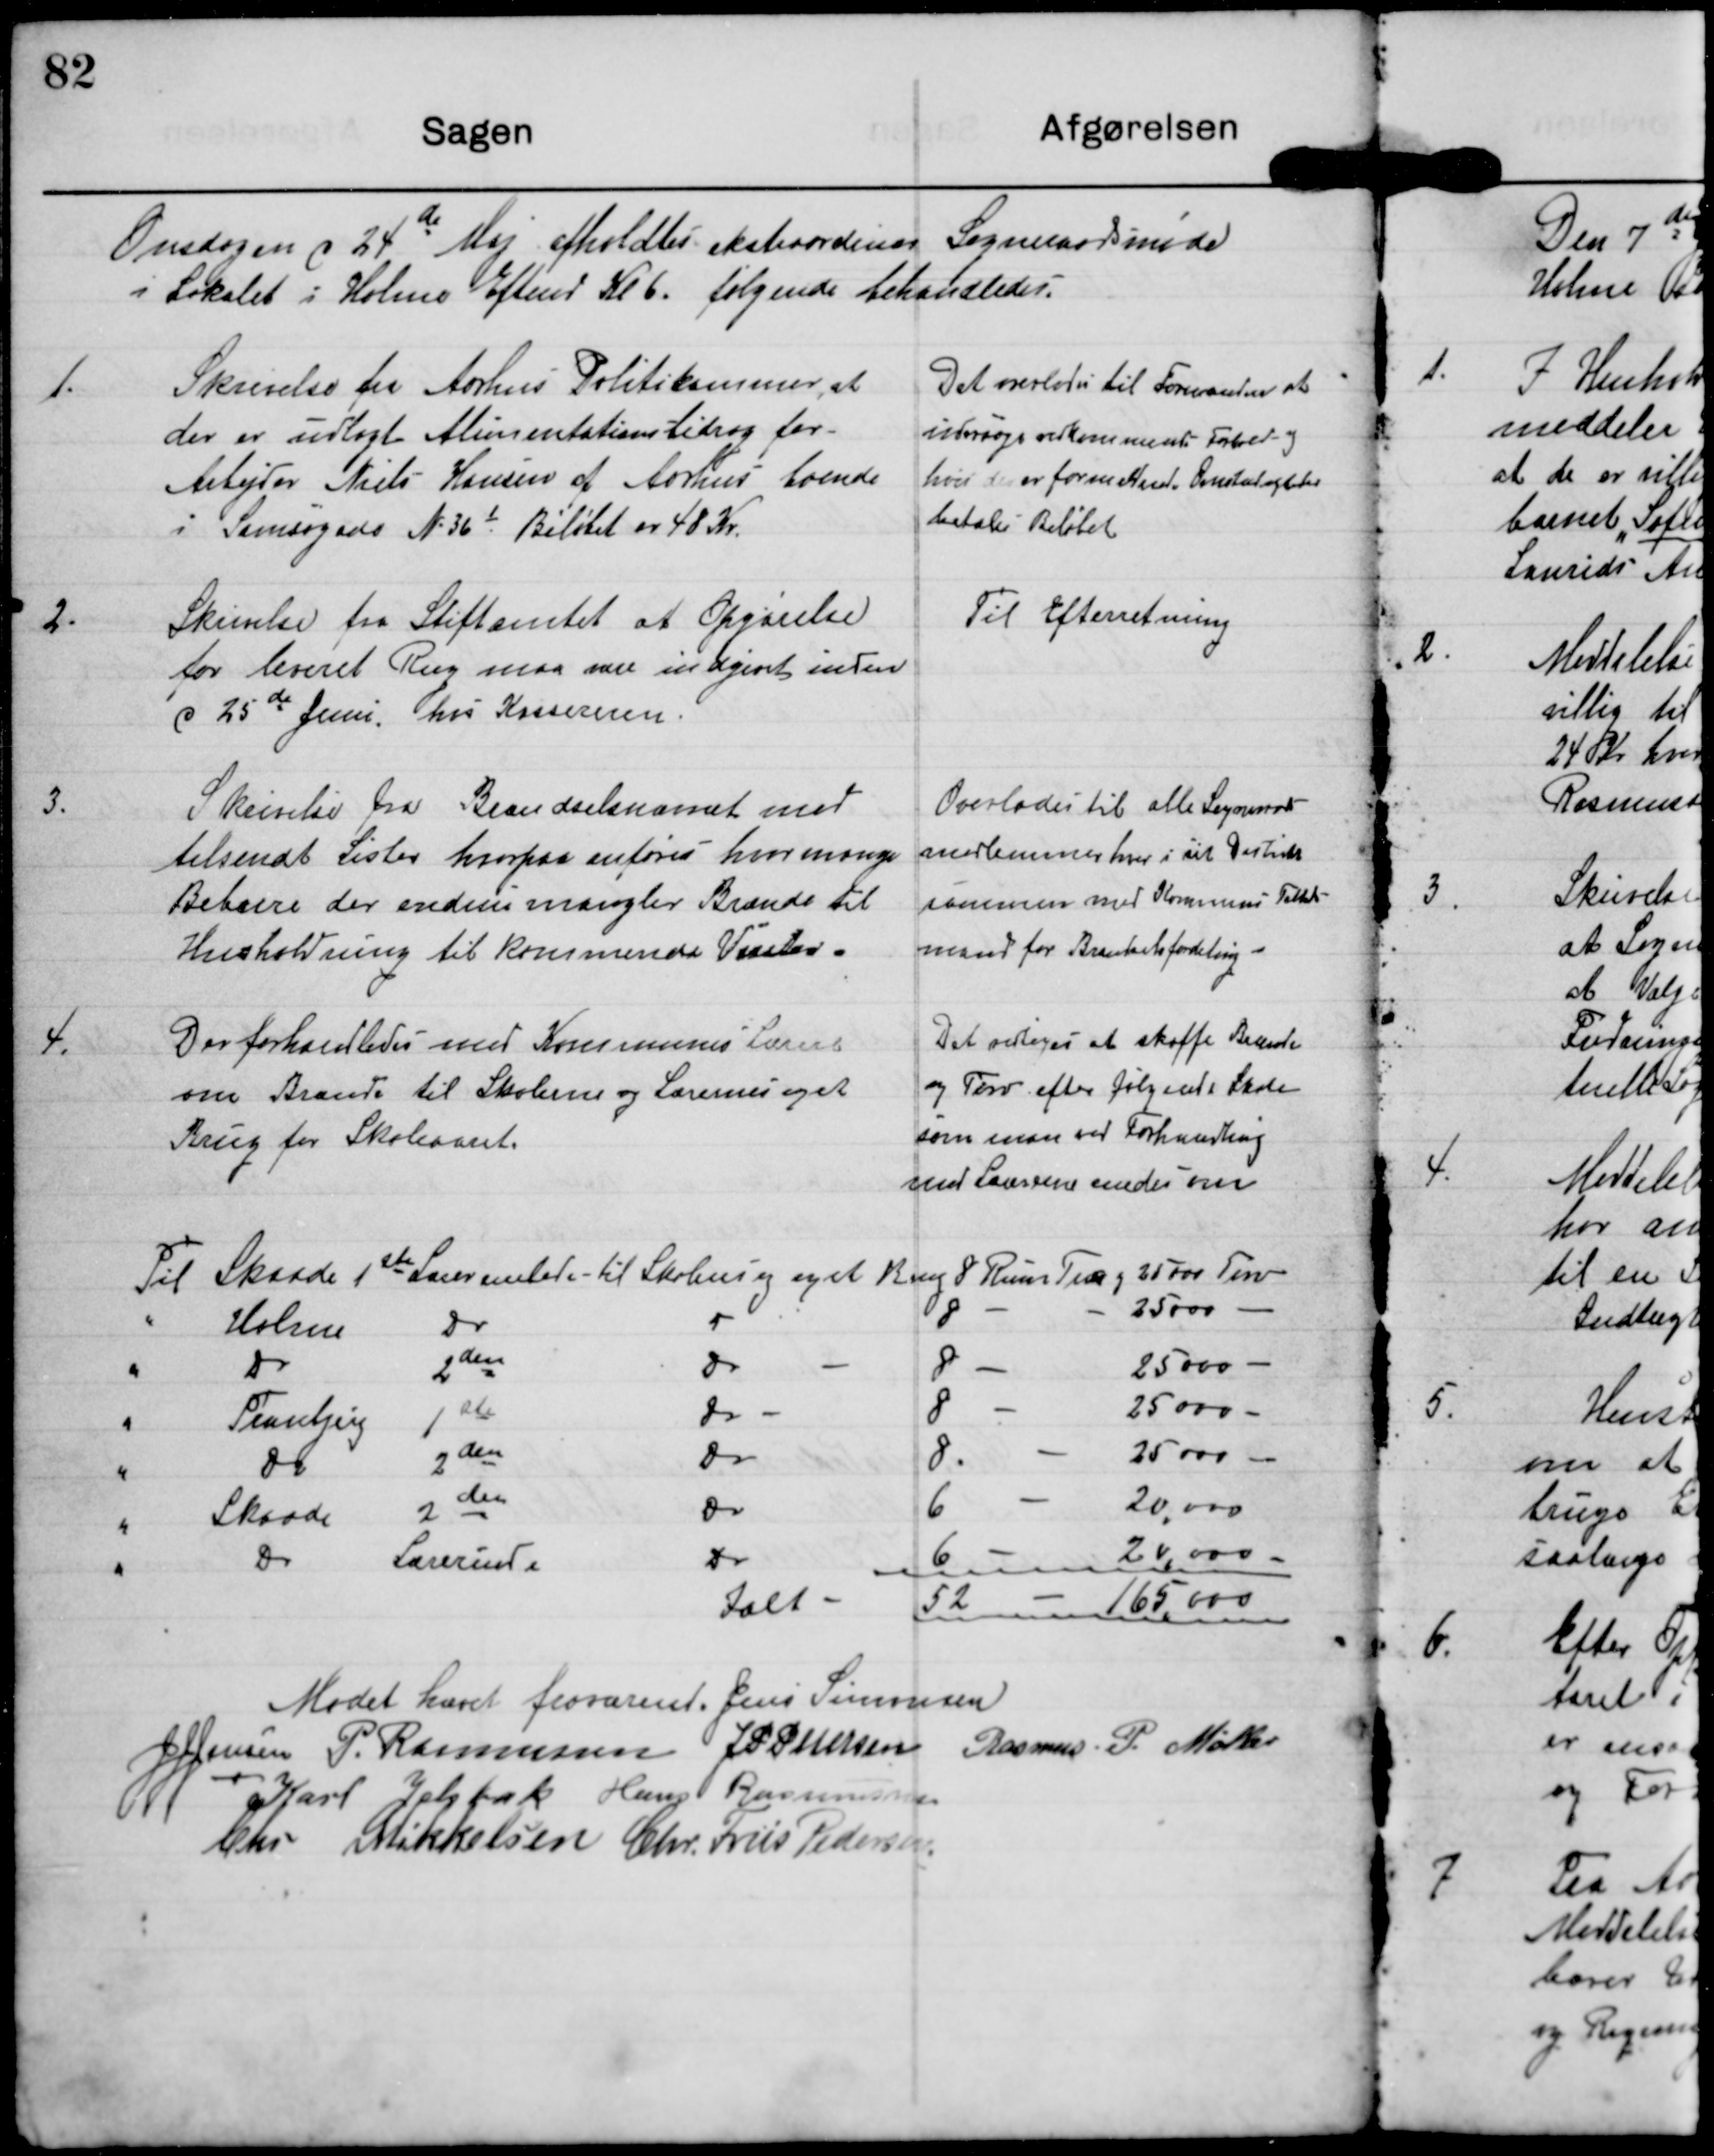
Transskription:
Onsdagen d 24de Maj afholdtes ekstraordinær Sogneraadsmøde
i Lokalet i Holme Efterm Kl 6. følgende behandledes

1.
Skrivelse fra Aarhus Politikammer, at
der er udlagt Alimentationsbidrag ofr
Arbejder Niels Hansen af Aarhus boende
i Samsøgade N 361. Beløbet er 48 Kr.

Det overlades til Formanden at
undersøge vedkommendes Forhold og
hvis der er Formue evt. Omstødelse ellers
betales Beløbet.

2.
Skrivelse fra Stiftamtet at Opgørelse
for leveret Rug maa være indgivet inden
d 25de Juni hos Kassereren.

Til Efterretning

3.
Skrivelse fra Brændselsnævnet med
tilsendt Lister hvorpaa anføres hvor mange
Beboere der endnu mangler Brænde til
Husholdning til kommende Vinter.

Overlades til alle Sogneraads-
medlemmer hver i sit Distrikt
sammen med Kommunens Tillids-
mand for Brændselsfordeling.

4.
Der forhandledes med Kommunens Lærere
om Brænde til Skolerne og Lærernes eget
Brug for Skoleaaret.

Det vedtoges at skaffe Brænde
og Tørv efter følgende Skala
som man ved Forhandling
med Lærerne enedes om.

Til Skaade 1ste Lærerembede til Skolens og efter Brug 8 Rum Træ og 21000 Tørv
Holme
8
25000
do
2den
8
25000
Tranbjerg
1st
8
25000
do
2den
8
25000
Skaade
2 den
6
20000
do
Lærerinden
6
24000
Ialt
52
165000

Mødet hævet

formand Jens Simonsen

JJ Jensen

P. Rasmussen

JP Pedersen

Rasmus P. Møller

Karl Jelsbak

Hugo Rasmussen

Chr Mikkelsen

Chr Friis Pedersen